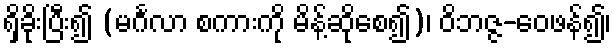
ရှိခိုးပြီး၍ (မင်္ဂလာ စကားကို မိန့်ဆိုစေ၍)၊ ဝိဘဇ္ဇ-ဝေဖန်၍၊